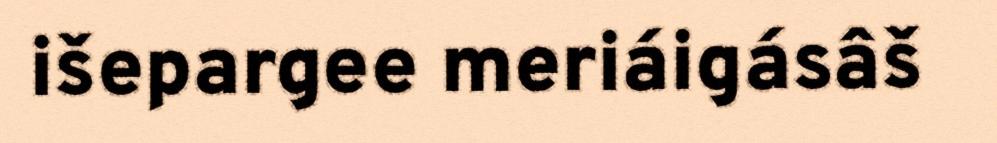
išepargee meriáigásâš